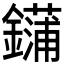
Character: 𰽏